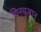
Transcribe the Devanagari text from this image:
यिनचुआन